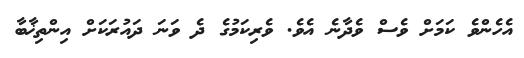
އެހެންވެ ކަމަށް ވެސް ވެދާނެ އެވެ. ވެރިކަމުގެ ދެ ވަނަ ދައުރަކަށް އިންތިޚާބާ